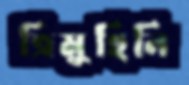
ত্রিমুহিনি